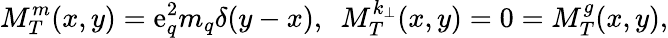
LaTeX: M_{T}^{m}(x,y)=\mathrm{e}_{q}^{2}m_{q}\delta(y-x),~~M_{T}^{k_{\bot}}(x,y)=0=M_{T}^{g}(x,y),